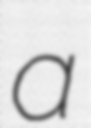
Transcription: a